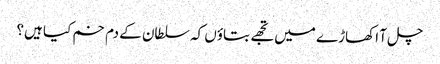
چل آ اکھاڑے میں تجھے بتاؤں کہ سلطان کے دم خم کیا ہیں؟